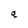
Character: a